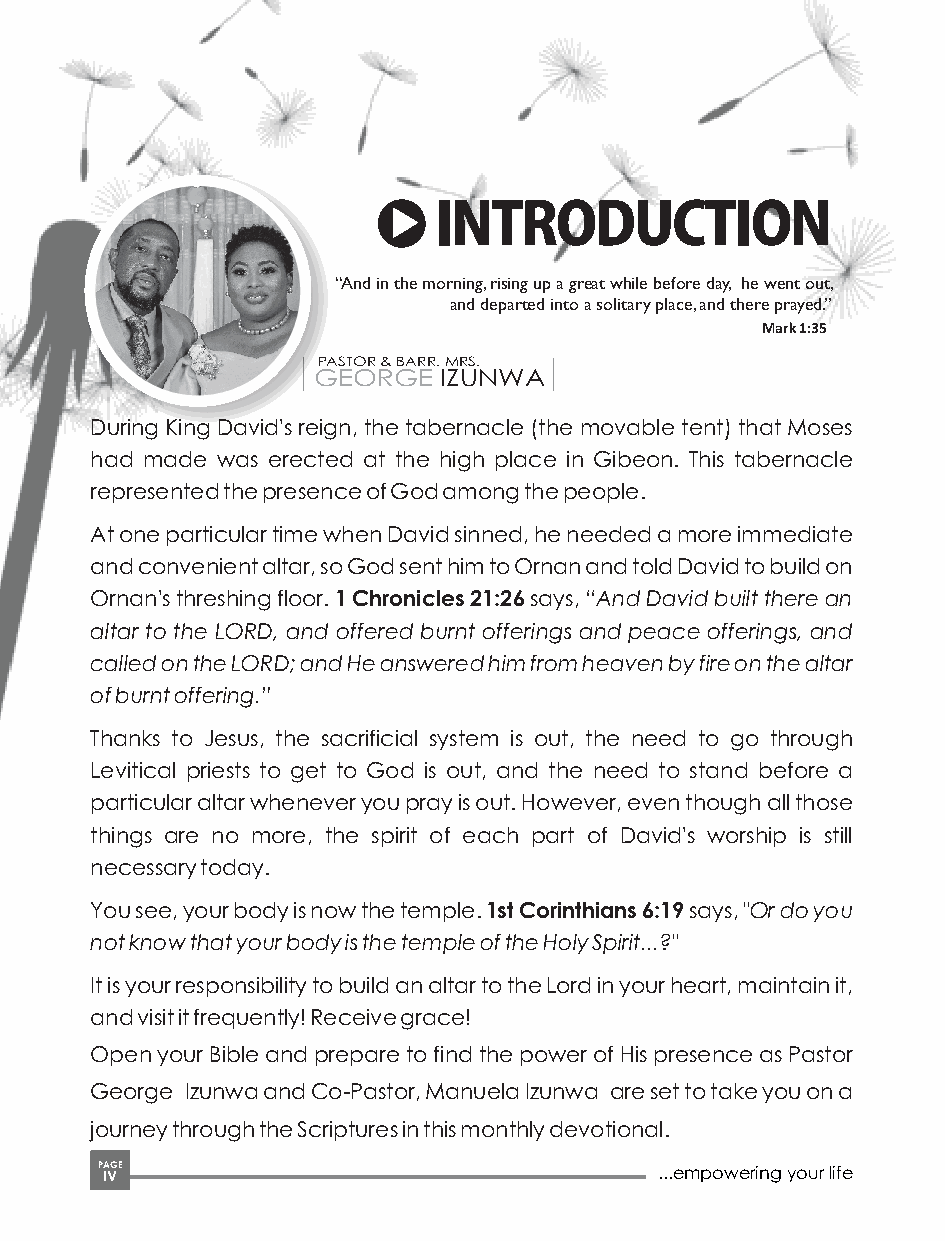
INTRODUCTION
 “And in the morning, rising up a great while before day, he went out,
 and departed into a solitary place, and there prayed.”
 Mark 1:35
 PASTOR & BARR. MRS.
 GEORGE  IZUNWA
 During King David's reign, the tabernacle (the movable tent) that Moses
 had made was erected at the high place in Gibeon. This tabernacle
 represented the presence of God among the people.
 At one particular time when David sinned, he needed a more immediate
 and convenient altar, so God sent him to Ornan and told David to build on
 Ornan's threshing floor. 1 Chronicles 21:26 says, “And David built there an
 altar to the LORD, and offered burnt offerings and peace offerings, and
 called on the LORD; and He answered him from heaven by fire on the altar
 of burnt offering.”
 Thanks to Jesus, the sacrificial system is out, the need to go through
 Levitical priests to get to God is out, and the need to stand before a
 particular altar whenever you pray is out. However, even though all those
 things are no more, the spirit of each part of David's worship is still
 necessary today.
 You see, your body is now the temple. 1st Corinthians 6:19 says, "Or do you
 not know that your body is the temple of the Holy Spirit...?"
 It is your responsibility to build an altar to the Lord in your heart, maintain it,
 and visit it frequently! Receive grace!
 Open your Bible and prepare to find the power of His presence as Pastor
 George Izunwa and Co-Pastor, Manuela Izunwa are set to take you on a
 journey through the Scriptures in this monthly devotional.
 P IA VGE                              ...empowering your life